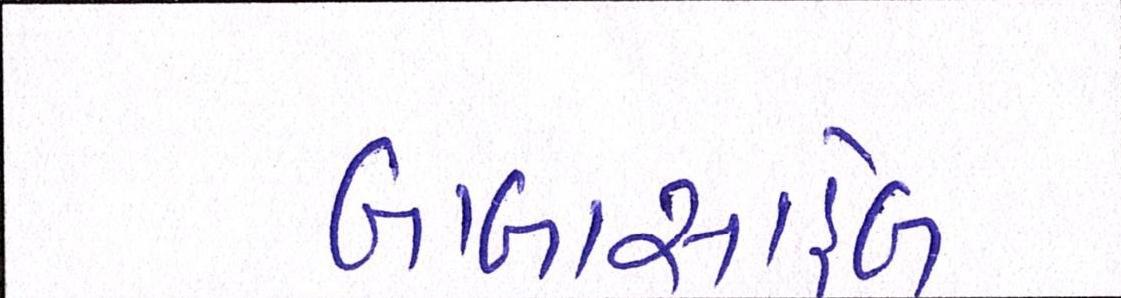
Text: બાબાસાહેબ